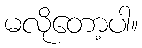
မလိုတော့ပါ။